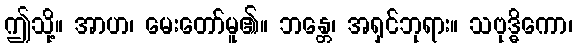
ဤသို့။ အာဟ၊ မေးတော်မူ၏။ ဘန္တေ၊ အရှင်ဘုရား။ သဗုဒ္ဓိကော၊